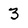
Character: 3